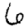
Digit: 6